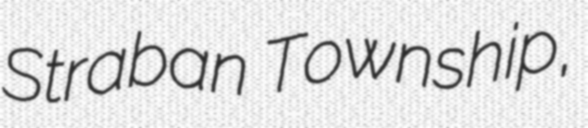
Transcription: Straban Township,